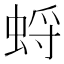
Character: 蛶